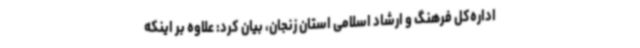
اداره‌کل فرهنگ و ارشاد اسلامی استان زنجان، بیان ‌کرد: علاوه بر اینکه